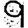
Digit: 9